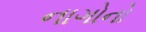
નાગોનો